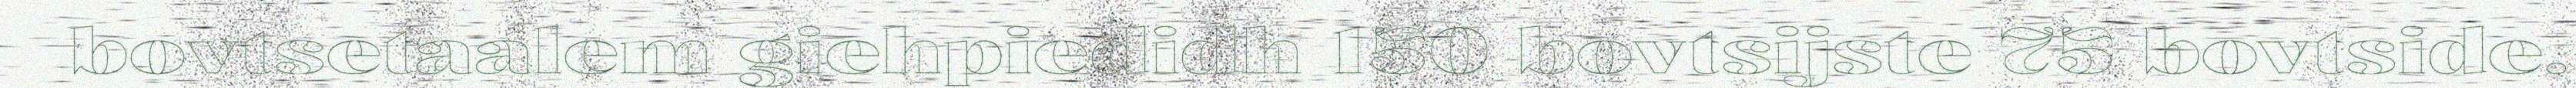
bovtsetaalem giehpiedidh 150 bovtsijste 75 bovtside.